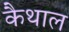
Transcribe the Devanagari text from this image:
कैथाल